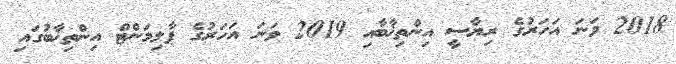
2018 ވަނަ އަހަރުގެ ރިޔާސީ އިންތިޚާބާއި 2019 ވަނަ އަހަރުގެ ޕާލިމަންޓް އިންތިޚާބުގައި